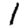
Digit: 1